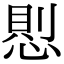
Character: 𢝔